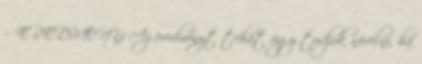
= EREDMÉNY Az eredményt tehát úgy tudjuk növelni, ha